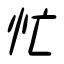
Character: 忙